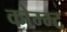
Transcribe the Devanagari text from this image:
कोम्म्ट